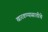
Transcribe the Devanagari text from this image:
खारवण्यासाठीचे